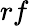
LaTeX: rf